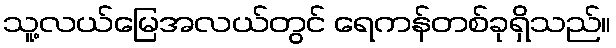
သူ့လယ်မြေအလယ်တွင် ရေကန်တစ်ခုရှိသည်။